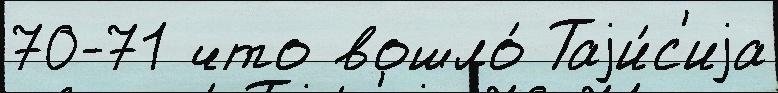
70-71 что вошло́ Таjи́с'иjа